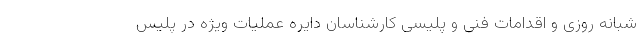
شبانه روزی و اقدامات فنی و پلیسی کارشناسان دایره عملیات ویژه در پلیس